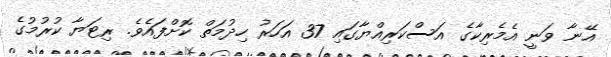
އޭނާ ވަނީ އެމެރިކާގެ އަސްކަރިއްޔާގައި 37 އަހަރު ހިދުމަތް ކޮށްފައެވެ. ރިޓަޔާ ކުރުމުގެ